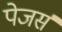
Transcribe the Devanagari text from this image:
पेजर्स